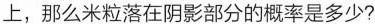
上，那么米粒落在阴影部分的概率是多少?